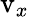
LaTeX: \mathrm{v}_{x}